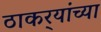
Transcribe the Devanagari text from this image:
ठाकर्‍यांच्या